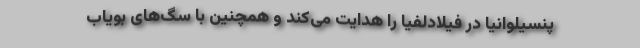
پنسیلوانیا در فیلادلفیا را هدایت می‌کند و همچنین با سگ‌های بویاب